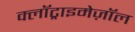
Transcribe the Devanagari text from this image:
क्लॉट्राइमेज़ॉल